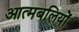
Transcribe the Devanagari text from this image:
आत्मबलियों